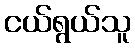
ငယ်ရွယ်သူ